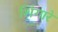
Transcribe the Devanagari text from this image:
शिंगारे